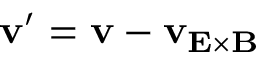
\mathbf { v } ^ { \prime } = \mathbf { v } - \mathbf { v } _ { \mathbf { E } \times \mathbf { B } }